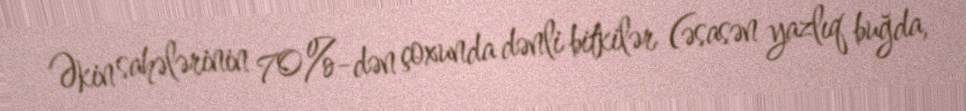
Əkin sahələrinin 70%-dən çoxunda dənli bitkilər (əsasən yazlıq buğda,